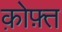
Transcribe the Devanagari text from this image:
क़ोफ़्त